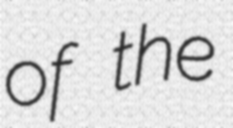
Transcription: of the